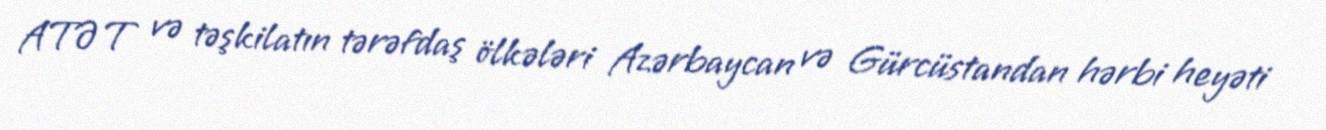
ATƏT və təşkilatın tərəfdaş ölkələri Azərbaycan və Gürcüstandan hərbi heyəti